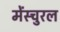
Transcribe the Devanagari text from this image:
मेंस्चुरल